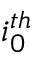
i _ { 0 } ^ { t h }